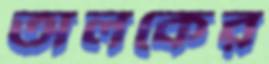
অলকের